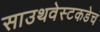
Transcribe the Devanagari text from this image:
साउथवेस्टकडेच